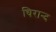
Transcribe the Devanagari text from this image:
चिरान्द